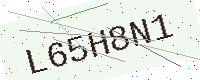
Text: L65H8N1